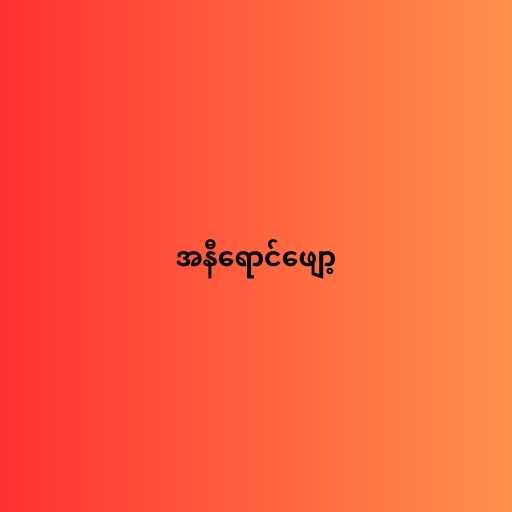
အနီရောင်ဖျော့